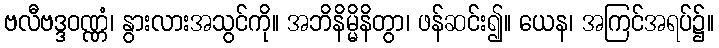
ဗလီဗဒ္ဒဝဏ္ဏံ၊ နွားလားအသွင်ကို။ အဘိနိမ္မိနိတွာ၊ ဖန်ဆင်း၍။ ယေန၊ အကြင်အရပ်၌။